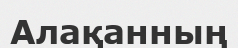
Алақанның